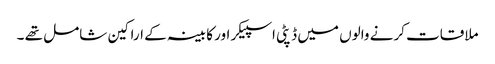
ملاقات کرنے والوں میں ڈپٹی اسپیکر اور کابینہ کے اراکین شامل تھے ۔